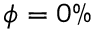
\phi = 0 \%